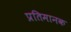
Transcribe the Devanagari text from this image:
प्रतिमानक